Civil Veterinary Department Bihar & Orissa reports 1929-36 - 1929-1936
Year: 1929
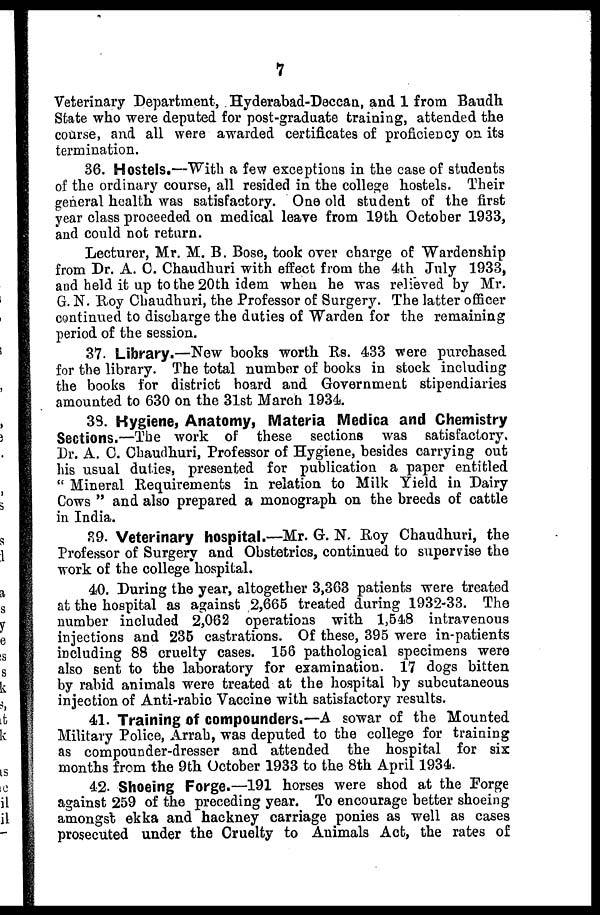
1
Veterinary Department, Hyderabad-Deccan, and 1 from Baudh
State who were deputed for post-graduate training, attended the
course, and all were awarded certificates of proficiency on its
termination.
36. Hostels.—With a few exceptions in the case of students
of the ordinary course, all resided in the college hostels. Their
general health was satisfactory. One old student of the first
year class proceeded on medical leave from 19th October 1933,
and could not return.
Lecturer, Mr. M. B. Bose, took over charge of Warden ship
from Dr. A. 0. Chaudhuri with effect from the 4th July 1933,
and held it up to the 20th idem when he was relieved by Mr.
G. N. Roy Chaudhuri, the Professor of Surgery. The latter officer
continued to discharge the duties of Warden for the remaining
period of the session.
37. Library.—New books worth Rs. 433 were purchased
for the library. The total number of books in stock including
the books for district hoard and Government stipendiaries
amounted to 630 on the 31st March 1934.
33. Hygiene, Anatomy, Materia Medica and Chemistry
Sections.—The work of these sections was satisfactory.
Dr. A. 0. Chaudhuri, Professor of Hygiene, besides carrying out
his usual duties, presented for publication a paper entitled
"Mineral Requirements in relation to Milk Yield in Dairy
Cows" and also prepared a monograph on the breeds of cattle
in India.
39. Veterinary hospital.—Mr. G. N. Roy Chaudhuri, the
Professor of Surgery and Obstetrics, continued to supervise the
work of the college hospital.
40. During the year, altogether 3,363 patients were treated
at the hospital as against 2,665 treated during 1932-33. The
number included 2,062 operations with 1,548 intravenous
injections and 235 castrations. Of these, 395 were in-patients
including 88 cruelty cases. 156 pathological specimens were
also sent to the laboratory for examination. 17 dogs bitten
by rabid animals were treated at the hospital by subcutaneous
injection of Anti-rabic Vaccine with satisfactory results.
41. Training of compounders.—A sowar of the Mounted
Military Police, Arrah, was deputed to the college for training
as compounder-dresser and attended the hospital for six
months from the 9th October 1933 to the 8th April 1934.
42. Shoeing Forge.—191 horses were shod at the Forge
against 259 of the preceding year. To encourage better shoeing
amongst ekka and hackney carriage ponies as well as cases
prosecuted under the Cruelty to Animals Act, the rates of